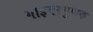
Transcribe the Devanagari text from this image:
गाइगरगुणक